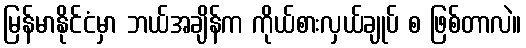
မြန်မာနိုင်ငံမှာ ဘယ်အချိန်က ကိုယ်စားလှယ်ချုပ် စ ဖြစ်တာလဲ။